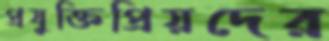
প্রযুক্তিপ্রিয়দের